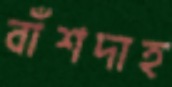
বাঁশদাহ